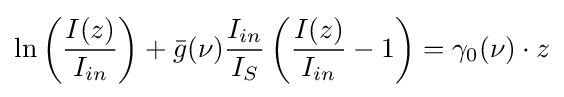
\ln \left({I(z) \over I_{in}}\right)+{\bar {g}}(\nu ){I_{in} \over I_{S}}\left({I(z) \over I_{in}}-1\right)=\gamma _{0}(\nu )\cdot z